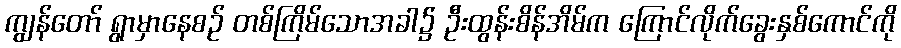
ကျွန်တော် ရွာမှာနေစဉ် တစ်ကြိမ်သောအခါ၌ ဦးထွန်းစိန်အိမ်က ကြောင်လိုက်ခွေးနှစ်ကောင်ကို